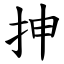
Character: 抻